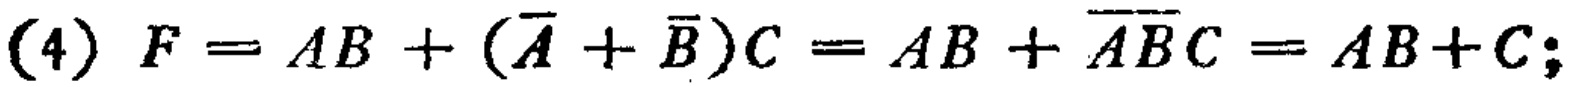
(4) \(F = AB + (\overline{A} + \overline{B})C = AB + \overline{AB}C = AB + C;\)